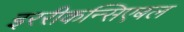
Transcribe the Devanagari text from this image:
इररीकन्सिएबल